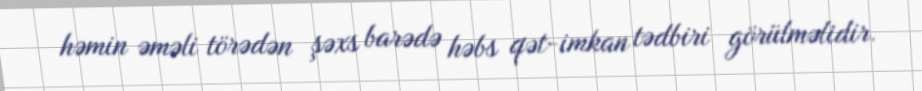
həmin əməli törədən şəxs barədə həbs qət-imkan tədbiri görülməlidir.